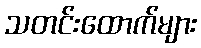
သတင်းထောက်များ